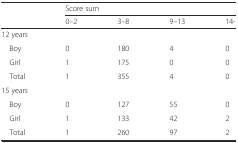
<table><thead><tr><td rowspan="2"></td><td colspan="4"><b>Score sum</b></td></tr><tr><td><b>0–2</b></td><td><b>3–8</b></td><td><b>9–13</b></td><td><b>14-</b></td></tr></thead><tbody><tr><td colspan="5">12 years</td></tr><tr><td> Boy</td><td>0</td><td>180</td><td>4</td><td>0</td></tr><tr><td> Girl</td><td>1</td><td>175</td><td>0</td><td>0</td></tr><tr><td> Total</td><td>1</td><td>355</td><td>4</td><td>0</td></tr><tr><td colspan="5">15 years</td></tr><tr><td> Boy</td><td>0</td><td>127</td><td>55</td><td>0</td></tr><tr><td> Girl</td><td>1</td><td>133</td><td>42</td><td>2</td></tr><tr><td> Total</td><td>1</td><td>260</td><td>97</td><td>2</td></tr></tbody></table>